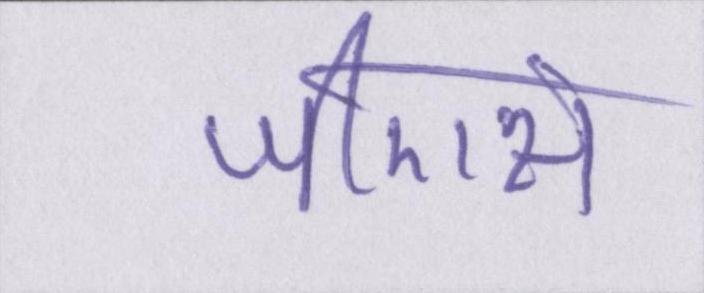
जीएस